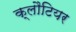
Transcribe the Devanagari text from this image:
क्लौटियर